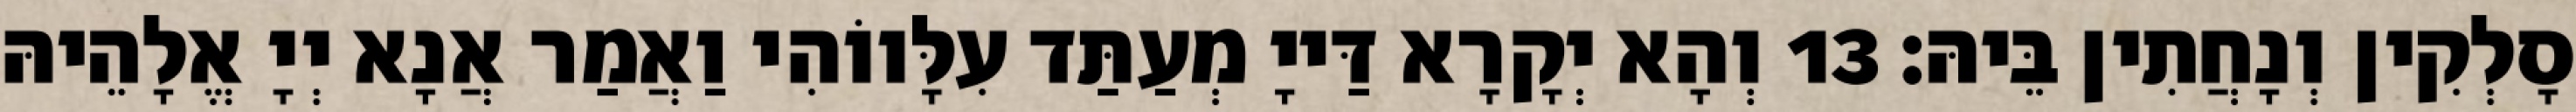
סָלְקִין וְנָחֲתִין בֵּיהּ׃ 13 וְהָא יְקָרָא דַּייָ מְעַתַּד עִלָּווֹהִי וַאֲמַר אֲנָא יְיָ אֱלָהֵיהּ